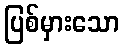
ပြစ်မှားသော